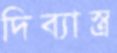
দিব্যাস্ত্র